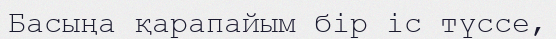
Басыңа қарапайым бір іс түссе,